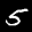
Label: 5